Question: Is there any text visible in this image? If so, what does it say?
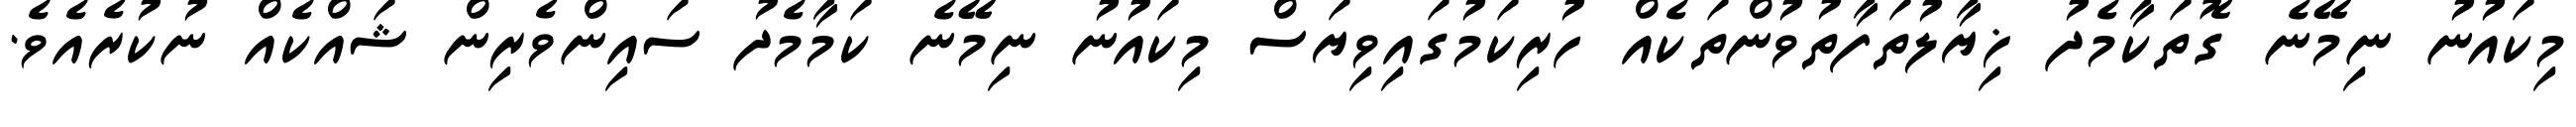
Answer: މިކައުނު ނިމޭނެ ގޮތަކާމެދު ޚިޔާލުތަފާތުވުންތަކެއް ހުރިކަމުގައިވިޔަސް މިކައުނު ނިމޭނެ ކަމާމެދު ސައިންވެރިން ޝައްކެއް ނުކުރެއެވެ.